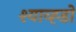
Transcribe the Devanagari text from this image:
श्याव्ह्डो